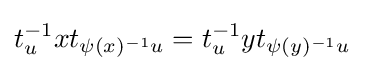
t_{u}^{-1}xt_{\psi (x)^{-1}u}=t_{u}^{-1}yt_{\psi (y)^{-1}u}